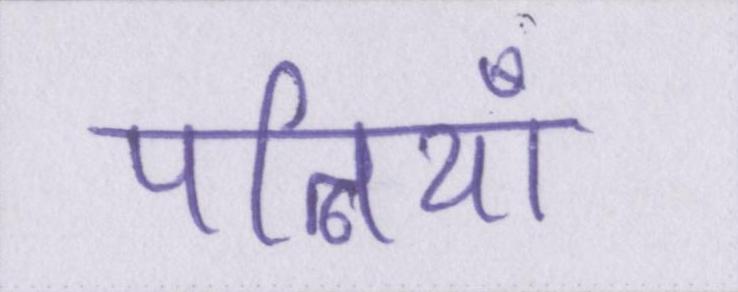
पत्नियाँ